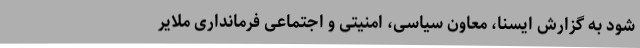
شود به گزارش ایسنا، معاون سیاسی، امنیتی و اجتماعی فرمانداری ملایر